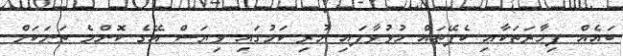
ބައެއް ފިހާރަތަކާއި ކެފޭތައް ހުޅުވާފައި ހުރި ކަމުގައި ވިޔަސް އޭގެ ކޮންމެ ތަނަކަށް